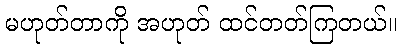
မဟုတ်တာကို အဟုတ် ထင်တတ်ကြတယ်။